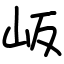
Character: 岅